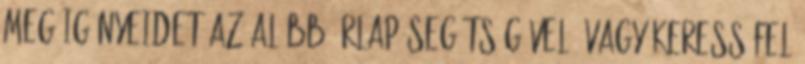
meg igényeidet az alább űrlap segítségével, vagy keress fel